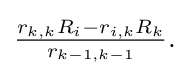
{\textstyle {\frac {r_{k,k}R_{i}-r_{i,k}R_{k}}{r_{k-1,k-1}}}.}